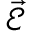
\vec { \mathcal { E } }